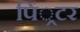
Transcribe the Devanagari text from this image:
पिं्रटर